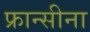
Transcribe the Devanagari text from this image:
फ्रान्सीना